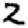
Digit: 2